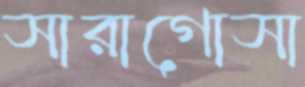
সারাগোসা